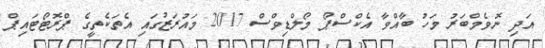
އަދި ނޮވެމްބަރު މަހު ބާއްވާ އެކްސްޕޯ މޯލްޑިވްސް 2017 މައުރަޒުގައި އެތަކެތީގެ ޕްރޮޓޯޓައިޕް